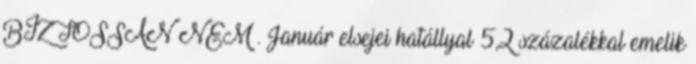
BIZTOSSAN NEM . Január elsejei hatállyal 5,2 százalékkal emelik